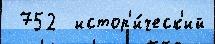
 752  истор'и́ческ'ий